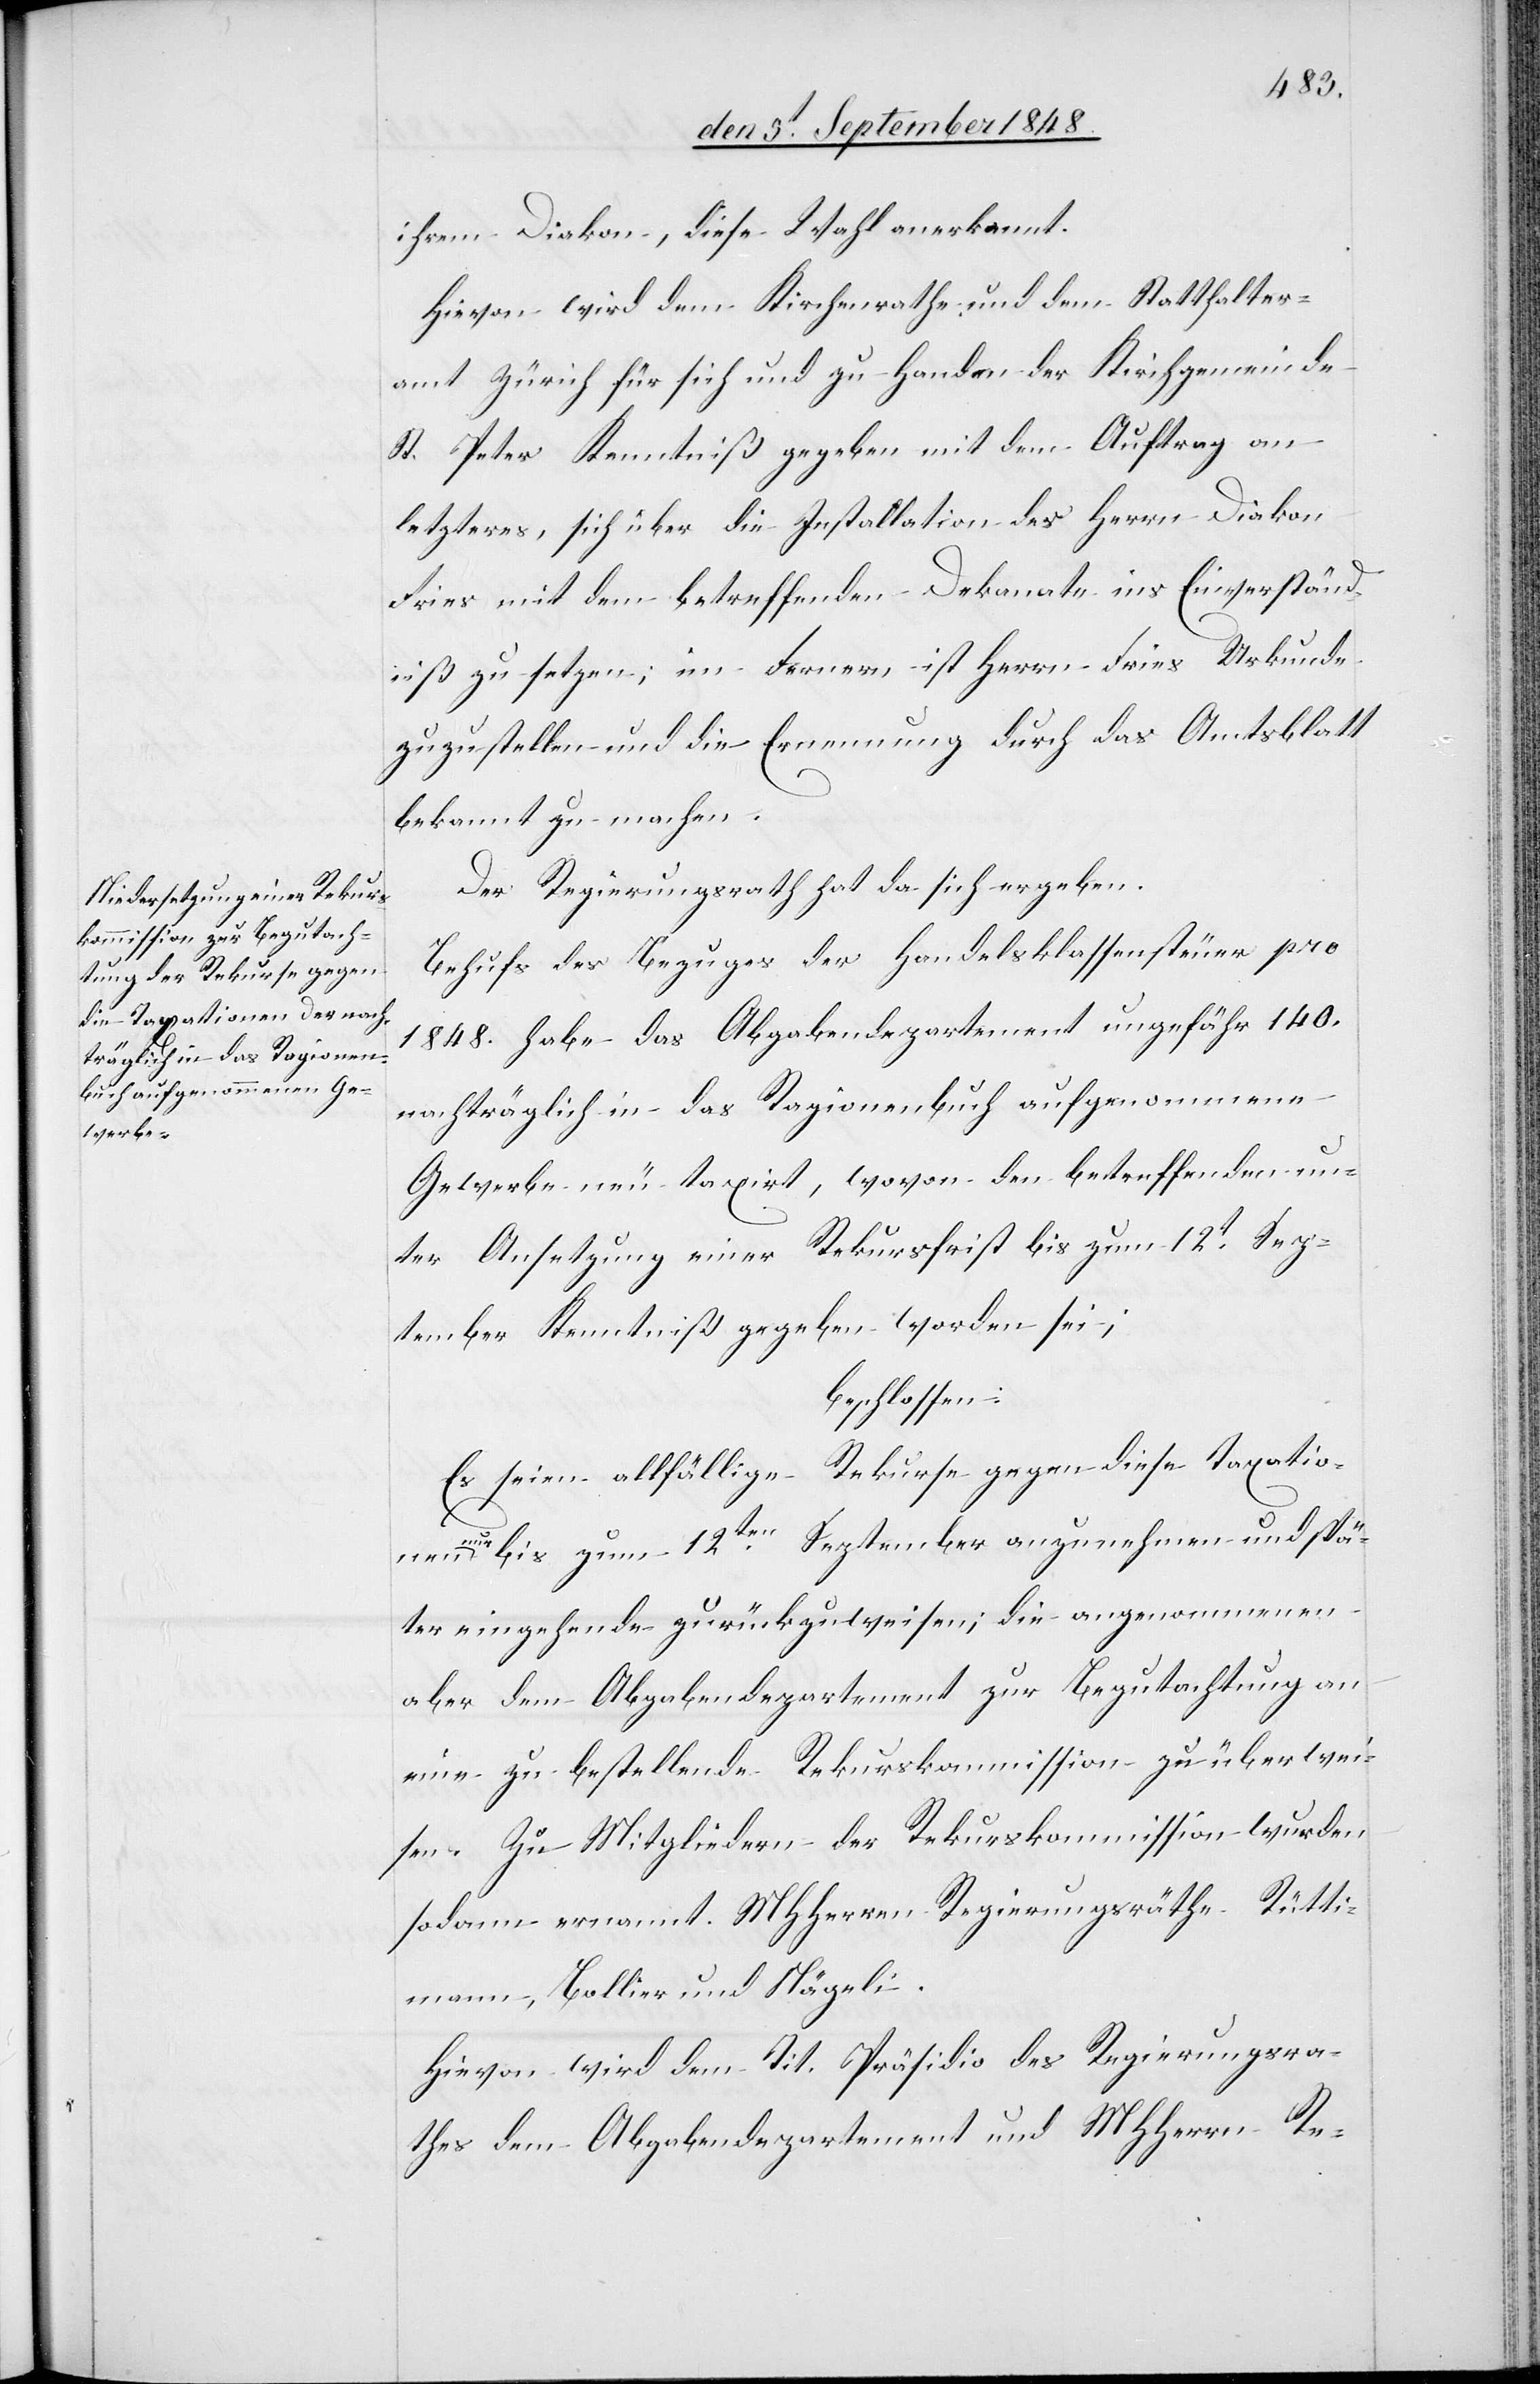
ihrem Diakon, diese Wahl anerkannt.
Hievon wird dem Kirchenrathe und dem Statthalter¬
amt Zürich für sich und zu Handen der Kirchgemeinde
St. Peter Kenntniß gegeben mit dem Auftrag an
letzteres, sich über die Installation des Herrn Diakon
Fries mit dem betreffenden Dekanate ins Einverständ¬
niß zu setzen; im Fernern ist Herrn Fries Urkunde
zuzustellen und die Ernennung durch das Amtblatt
bekannt zu machen.
Der Regierungsrath hat da sich ergeben.
Behufs des Bezuges der Handelsklassensteuer pro
1848. habe das Abgabendepartement ungefähr 140.
nachträglich in das Ragionenbuch aufgenommene
Gewerbe neu taxirt, wovon den betreffenden un¬
ter Ansetzung einer Rekursfrist bis zum 12t Sep¬
tember Kenntniß gegeben worden sei;
beschlossen:
Es seien allfällige Rekurse gegen diese Taxatio¬
nen nur bis zum 12ten September anzunehmen und spä¬
ter eingehend zurückzuweisen; die angenommenen
aber dem Abgabendepartement zur Begutachtung an
eine zu bestellende Rekurskommission zu überwei¬
sen. Zu Mitgliedern der Rekurskommission wurden
sodann ernannt. MHHerren Regierungsräthe Rütti¬
mann, Bollier und Nägeli.
Hievon wird dem Tit. Präsidio des Regierungsra¬
thes dem Abgabendepartement und MHHerrn Re-